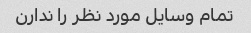
تمام وسایل مورد نظر را ندارن